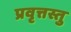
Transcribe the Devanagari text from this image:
प्रवृत्तस्तु